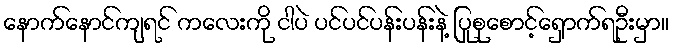
နောက်နောင်ကျရင် ကလေးကို ငါပဲ ပင်ပင်ပန်းပန်းနဲ့ ပြုစုစောင့်ရှောက်ရဦးမှာ။